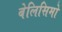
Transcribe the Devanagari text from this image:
बेलिसिमो